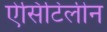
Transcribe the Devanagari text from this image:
ऐसिटिलीन